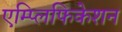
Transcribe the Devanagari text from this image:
एम्प्लिफिकेशन